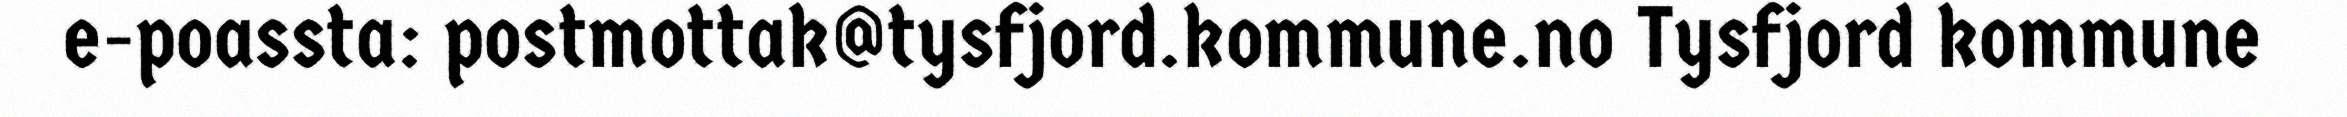
e-poassta: postmottak@tysfjord.kommune.no Tysfjord kommune